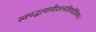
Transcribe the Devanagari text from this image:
स्वपद्धत्यामीशानशिवदेशिकः।।